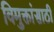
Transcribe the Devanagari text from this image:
विमुक्तांसाठी